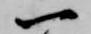
一